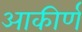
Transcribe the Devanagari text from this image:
आकीर्ण